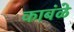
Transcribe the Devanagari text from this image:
काबंळे